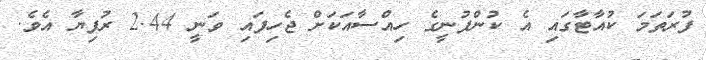
ފުރަތަމަ ކުއާޓާގައި އެ ކުންފުނީގެ ހިއްސާއަކަށް ޖެހިފައި ވަނީ 2.44 ރުފިޔާ އެވެ.